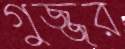
গুজ্জর